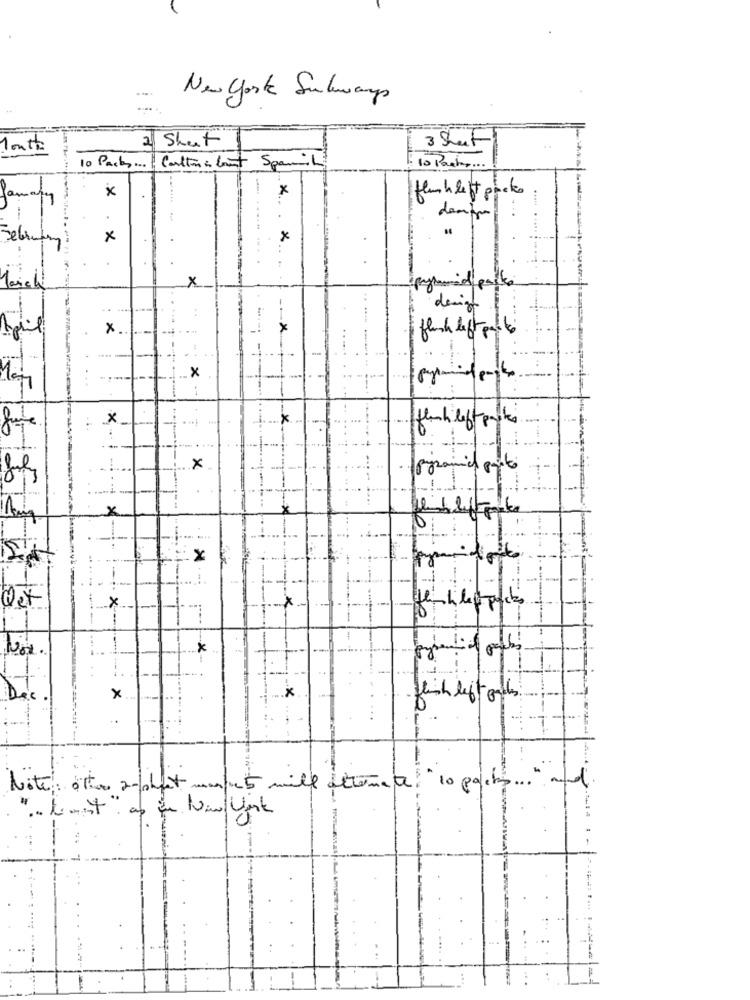
New york Subways
Month
2 Shut
3 Sheet
10 Packs ... | Carlton & Count Spanil
10 Packs ...
x
fluchleft picke
. >
Sebra
x
×
x
design
x
X
-- x
flush left parte
April
.. x
x
x
pyramies porto
x
x
Qex
x
×
1
x
x
fentleftandes
Note: 0ton 2-sheet mask 5 mill alternate: "10 packs ... " and
.. kast as in New york